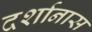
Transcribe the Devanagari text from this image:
दर्शानास